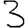
Digit: 3